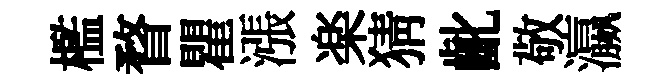
檻瞀瞿漲楽猜齔敬瀛